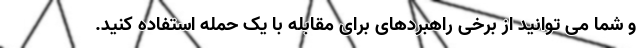
و شما می توانید از برخی راهبردهای برای مقابله با یک حمله استفاده کنید.